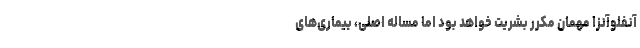
آنفلوآنزا مهمان مکرر بشریت خواهد بود اما مساله اصلی، بیماری‌‌های